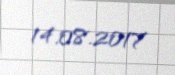
14.08.2017